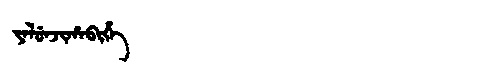
Manchu: ᠶᠠᠯᡠᠨᠵᡳᡥᠠᠪᡳᡥᡝ
Romanization: YALUNJIHABIHE